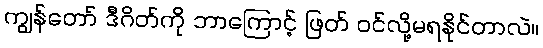
ကျွန်တော် ဒီဂိတ်ကို ဘာကြောင့် ဖြတ် ဝင်လို့မရနိုင်တာလဲ။